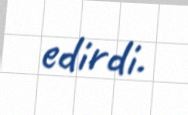
edirdi.